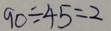
9 0 \div 4 5 = 2